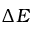
\Delta E